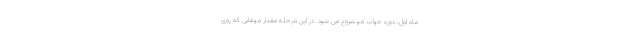
ماه اول، دوره خواب مو شروع می شود. در این مرحله مقدار موهایی که روی